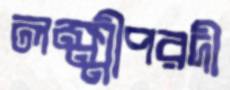
লক্ষ্মীপরদী